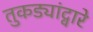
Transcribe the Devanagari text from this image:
तुकड्यांद्वारे